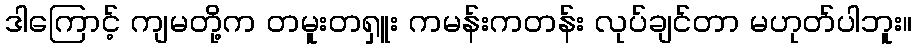
ဒါကြောင့် ကျမတို့က တမူးတရှူး ကမန်းကတန်း လုပ်ချင်တာ မဟုတ်ပါဘူး။